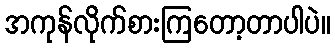
အကုန်လိုက်စားကြတော့တာပါပဲ။